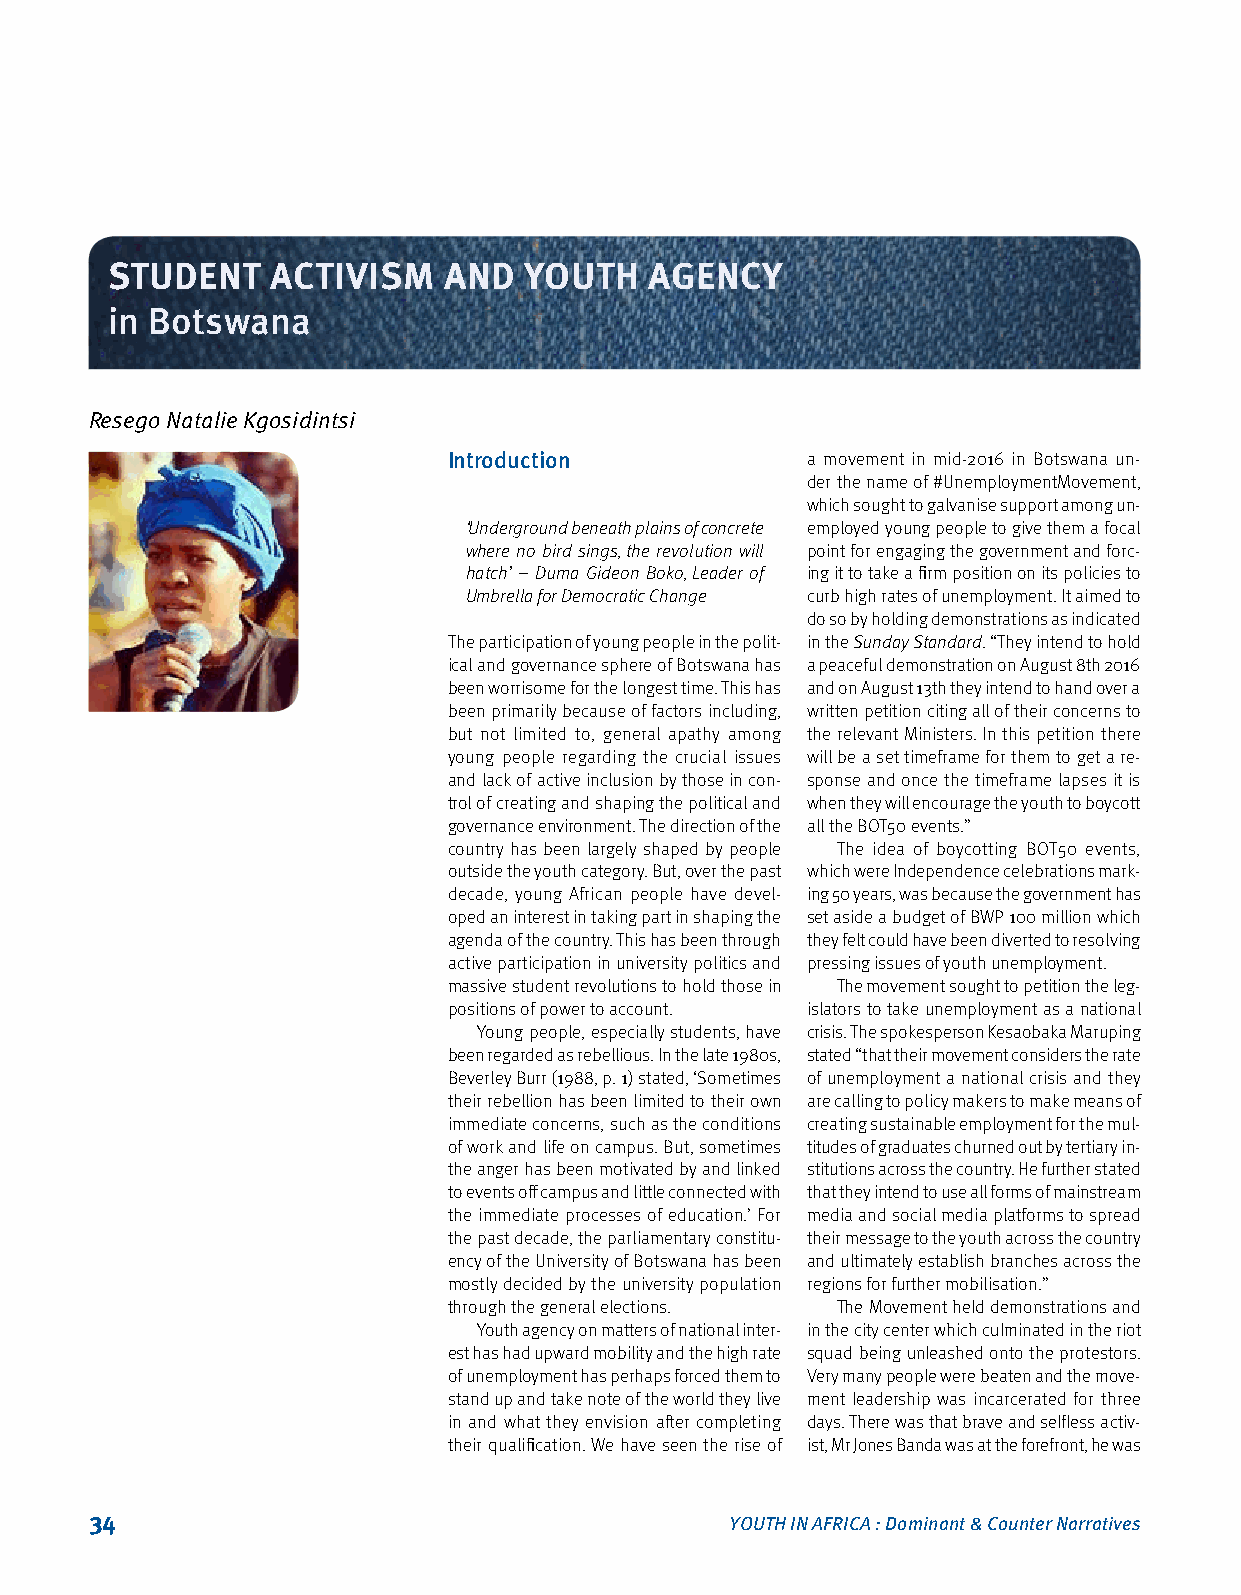
STUDENT    ACTIVISM   AND   YOUTH   AGENCY
 in Botswana
 Resego Natalie Kgosidintsi
 Introduction           a movement in mid‑2016 in Botswana un‑
 der the name of #UnemploymentMovement,
 which sought to galvanise support among un‑
 ‘Underground beneath plains of concrete employed young people to give them a focal
 where no bird sings, the revolution will point for engaging the government and forc‑
 hatch’ – Duma Gideon Boko, Leader of ing it to take a firm position on its policies to
 Umbrella for Democratic Change curb high rates of unemployment. It aimed to
 do so by holding demonstrations as indicated
 The participation of young people in the polit‑ in the Sunday Standard. “They intend to hold
 ical and governance sphere of Botswana has a peaceful demonstration on August 8th 2016
 been worrisome for the longest time. This has and on August 13th they intend to hand over a
 been primarily because of factors including, written petition citing all of their concerns to
 but not limited to, general apathy among the relevant Ministers. In this petition there
 young people regarding the crucial issues will be a set timeframe for them to get a re‑
 and lack of active inclusion by those in con‑ sponse and once the timeframe lapses it is
 trol of creating and shaping the political and when they will encourage the youth to boycott
 governance environment. The direction of the all the BOT50 events.”
 country has been largely shaped by people The idea of boycotting BOT50 events,
 outside the youth category. But, over the past which were Independence celebrations mark‑
 decade, young African people have devel‑ ing 50 years, was because the government has
 oped an interest in taking part in shaping the set aside a budget of BWP 100 million which
 agenda of the country. This has been through they felt could have been diverted to resolving
 active participation in university politics and pressing issues of youth unemployment.
 massive student revolutions to hold those in The movement sought to petition the leg‑
 positions of power to account. islators to take unemployment as a national
 Young people, especially students, have crisis. The spokesperson Kesaobaka Maruping
 been regarded as rebellious. In the late 1980s, stated “that their movement considers the rate
 Beverley Burr (1988, p. 1) stated, ‘Sometimes of unemployment a national crisis and they
 their rebellion has been limited to their own are calling to policy makers to make means of
 immediate concerns, such as the conditions creating sustainable employment for the mul‑
 of work and life on campus. But, sometimes titudes of graduates churned out by tertiary in‑
 the anger has been motivated by and linked stitutions across the country. He further stated
 to events off campus and little connected with that they intend to use all forms of mainstream
 the immediate processes of education.’ For media and social media platforms to spread
 the past decade, the parliamentary constitu‑ their message to the youth across the country
 ency of the University of Botswana has been and ultimately establish branches across the
 mostly decided by the university population regions for further mobilisation.”
 through the general elections. The Movement held demonstrations and
 Youth agency on matters of national inter‑ in the city center which culminated in the riot
 est has had upward mobility and the high rate squad being unleashed onto the protestors.
 of unemployment has perhaps forced them to Very many people were beaten and the move‑
 stand up and take note of the world they live ment leadership was incarcerated for three
 in and what they envision after completing days. There was that brave and selfless activ‑
 their qualification. We have seen the rise of ist, Mr Jones Banda was at the forefront, he was
 34                                        YOUTH IN AFRICA : Dominant & Counter Narratives